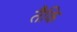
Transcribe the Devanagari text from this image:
तैकि